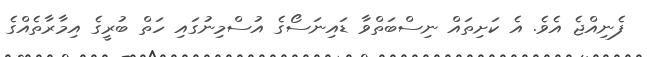
ފެނިއްޖެ އެވެ. އެ ކަށިތައް ނިސްބަތްވާ ޑައިނަސޯގެ އުސްމިނުގައި ހަތް ބުރީގެ އިމާރާތެއްގެ